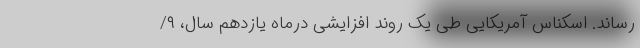
رساند. اسکناس آمریکایی طی یک روند افزایشی درماه‌ یازدهم سال،‌ ۹/